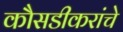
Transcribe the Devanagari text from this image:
कौसडीकरांचे